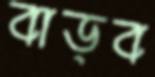
বাড়ব